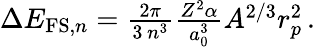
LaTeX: \begin{array}{r}{\Delta E_{\mathrm{FS},n}=\frac{2\pi}{3\, n^{3}}\frac{Z^{2}\alpha}{a_{0}^{3}}A^{2/3}r_{p}^{2}\, .}\end{array}